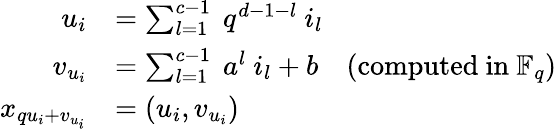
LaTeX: {\begin{array}{rl}{u_{i}}&{=\sum_{l=1}^{c-1}~q^{d-1-l}~i_{l}}\\ {v_{u_{i}}}&{=\sum_{l=1}^{c-1}~a^{l}~i_{l}+b\quad({\mathrm{computed~in~}}\mathbb{F}_{q})}\\ {x_{qu_{i}+v_{u_{i}}}}&{=(u_{i},v_{u_{i}})}\end{array}}